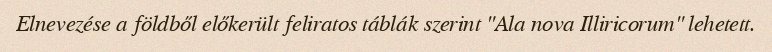
Elnevezése a földből előkerült feliratos táblák szerint "Ala nova Illiricorum" lehetett.